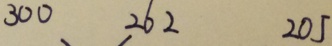
3 0 0 2 6 2 2 0 5